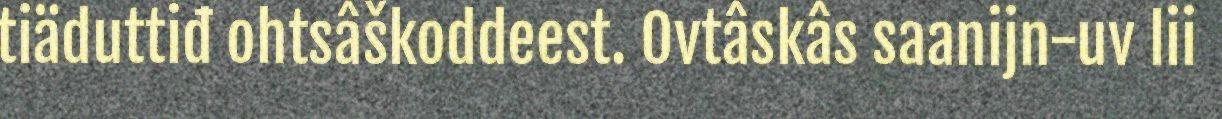
tiäduttiđ ohtsâškoddeest. Ovtâskâs saanijn-uv lii